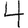
Digit: 4